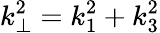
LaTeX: k_{\perp}^{2}=k_{1}^{2}+k_{3}^{2}